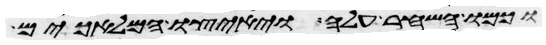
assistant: וכמו השחר עלה ויאיצו המלאכים